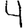
Digit: 4